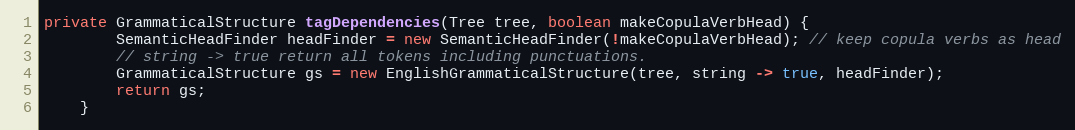
Language: Java
private GrammaticalStructure tagDependencies(Tree tree, boolean makeCopulaVerbHead) {
        SemanticHeadFinder headFinder = new SemanticHeadFinder(!makeCopulaVerbHead); // keep copula verbs as head
        // string -> true return all tokens including punctuations.
        GrammaticalStructure gs = new EnglishGrammaticalStructure(tree, string -> true, headFinder);
        return gs;
    }